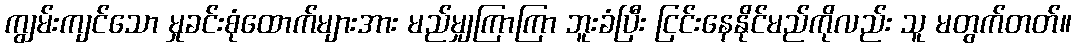
ကျွမ်းကျင်သော မှုခင်းစုံထောက်များအား မည်မျှကြာကြာ ဘူးခံပြီး ငြင်းနေနိုင်မည်ကိုလည်း သူ မတွက်တတ်။